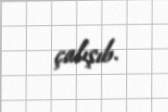
çalışıb.